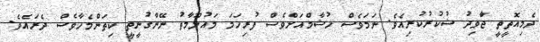
ދެމިއޮތީތީ ޖަާވިދު ޝުކުރުކުރިއެވެ. ނަމަވެސް ހުޝާމްއަށްވެސް ފުރިހަމަ މައުލޫމާތު ނޭންގުނީތީ ކިތަންމެހާވެސް ދެރައެވެ.